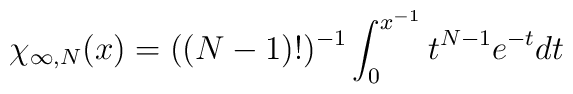
\chi_{\infty ,N} (x) = ((N - 1)!)^{- 1} \int_{0}^{x^{- 1}}t^{N - 1} e^{- t}dt